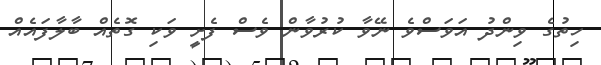
ހިތުގެ ވިންދު އަވަސްވެ ނޭވާ ކުރުވާން ވެސް ފެށީ ވަކި ގޮތެއް ބާލާފައެއް